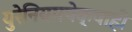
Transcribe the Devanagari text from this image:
युरेनियमपेक्षाही